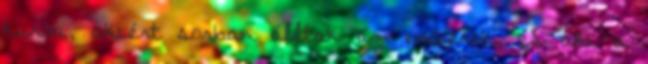
kurva, akiért sorban álltak az emberek, és aki a